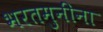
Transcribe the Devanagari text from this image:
भरतमुनींना